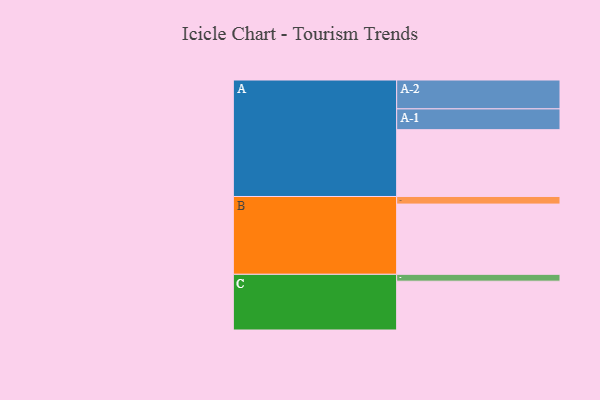
{"axis": {"x": "Segment", "y": "Value"}, "legend": ["", "A", "B", "C"], "data": [{"x": "A", "y": 546, "type": ""}, {"x": "B", "y": 574, "type": ""}, {"x": "C", "y": 399, "type": ""}, {"x": "A-1", "y": 170, "type": "A"}, {"x": "A-2", "y": 236, "type": "A"}, {"x": "B-1", "y": 62, "type": "B"}, {"x": "C-1", "y": 56, "type": "C"}]}